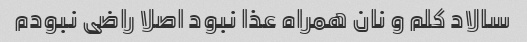
سالاد کلم و نان همراه عذا نبود اصلا راضی نبودم